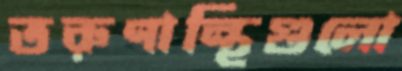
তরুণান্থিগুলো